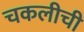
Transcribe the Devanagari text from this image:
चकलीची